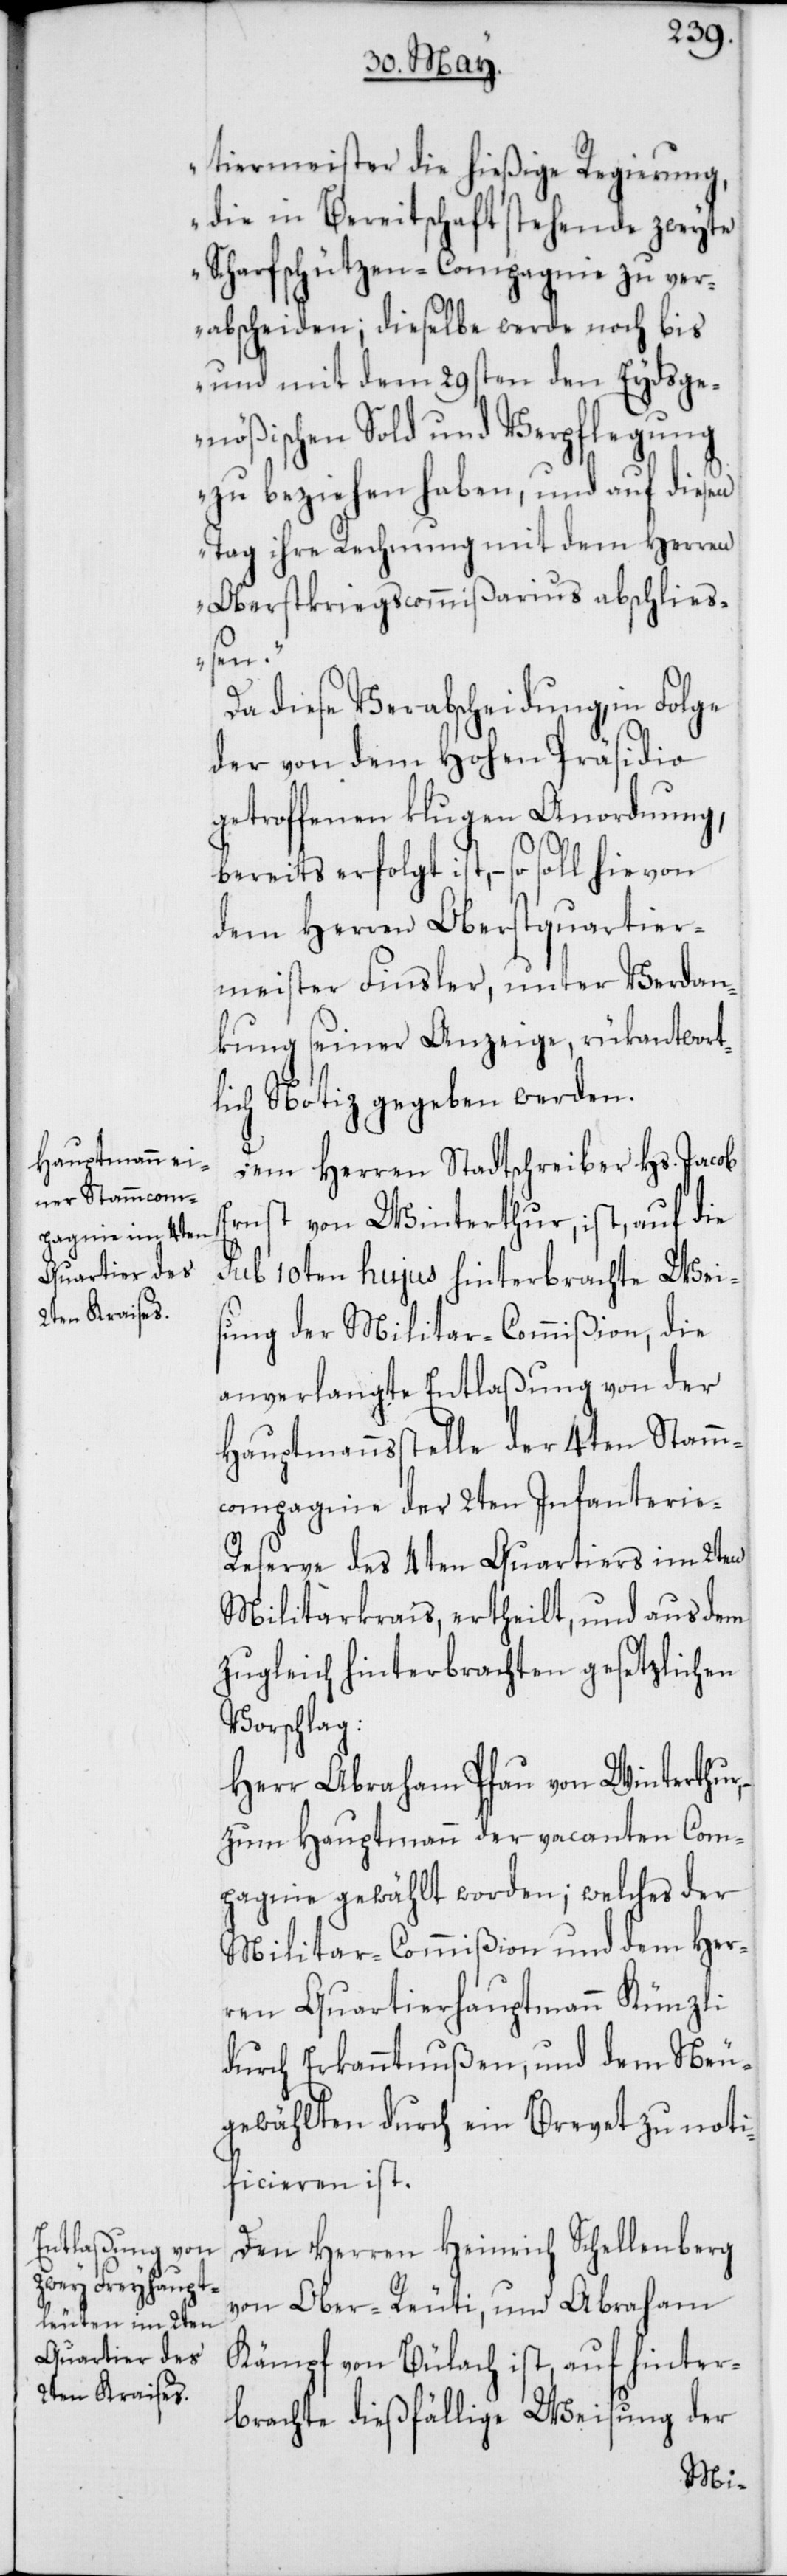
tiermeister die hießige Regierung,
die in Bereitschaft stehende zweyte
Scharfschützen-Compagnie zu ver¬
abscheiden; dieselbe werde noch bis
und mit dem 29sten den Eydsge¬
nößischen Sold und Verpflegung
zu beziehen haben, und auf diesen
Tag ihre Rechnung mit dem Herren
Oberstkriegscommißarius abschließ¬
en.“
Da diese Verabscheidung, in Folge
der von dem Hohen Präsidio
getroffenen klugen Anordnung,
bereits erfolgt ist, – so soll hievon
dem Herren Oberstquartier¬
meister Finsler, unter Verdan¬
kung seiner Anzeige rükantwort¬
lich Notiz gegeben werden.
Dem Herren Stadtschreiber Hs. Jacob
Ernst von Winterthur, ist, auf die
sub 10ten hujus hinterbrachte Wei¬
sung der Militar-Commißion, die
anverlangte Entlaßung von der
Hauptmannsstelle der 4ten Stamm¬
compagnie der 2ten Infanterie-R¬
eserve des 4ten Quartiers im 2ten
Militarkrais, ertheilt, und aus dem
zugleich hinterbrachten gesetzlichen
Vorschlag:
Herr Abraham Pfau von Winterthur,
zum Hauptmann der vacanten Com¬
pagnie gewählt worden; welches der
Militar-Commißion und dem Her¬
ren Quartierhauptmann Künzli
durch Erkanntnußen, und dem Neu¬
gewählten durch ein Brevet zu noti¬
ficieren ist.
Den Herren Heinrich Schellenberg
von Ober-Reuti, und Abraham
Kämpf von Bülach ist, auf hinter¬
brachte dießfällige Weisung der